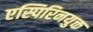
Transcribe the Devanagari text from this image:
एस्पिरिनयुक्त